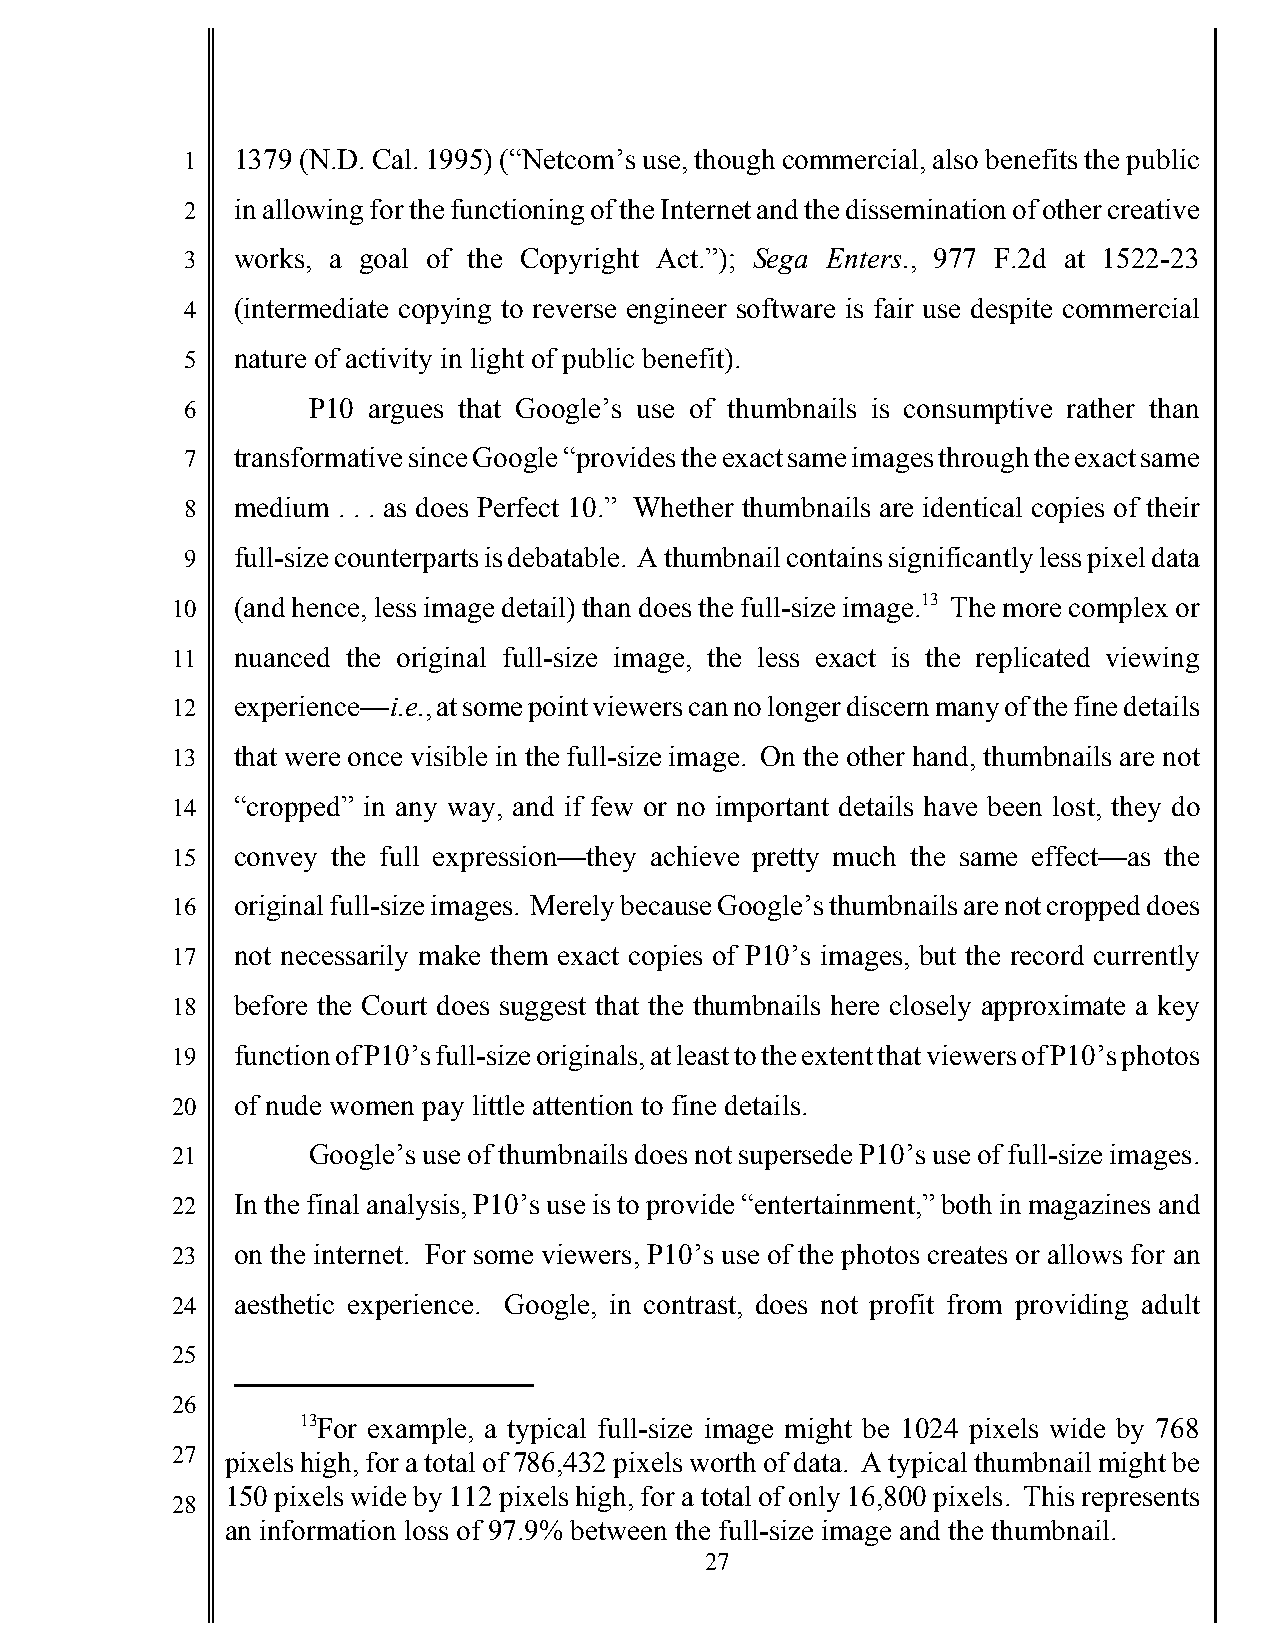
1   1379 (N.D. Cal. 1995) (“Netcom’s use, though commercial, also benefits the public
 2   in allowing for the functioning of the Internet and the dissemination of other creative
 3   works, a goal of the Copyright Act.”); Sega Enters., 977 F.2d at 1522-23
 4   (intermediate copying to reverse engineer software is fair use despite commercial
 5   nature of activity in light of public benefit).
 6       P10 argues that Google’s use of thumbnails is consumptive rather than
 7   transformative since Google “provides the exact same images through the exact same
 8   medium . . . as does Perfect 10.” Whether thumbnails are identical copies of their
 9   full-size counterparts is debatable. A thumbnail contains significantly less pixel data
 10   (and hence, less image detail) than does the full-size image.13 The more complex or
 11   nuanced the original full-size image, the less exact is the replicated viewing
 12   experience—i.e., at some point viewers can no longer discern many of the fine details
 13   that were once visible in the full-size image. On the other hand, thumbnails are not
 14   “cropped” in any way, and if few or no important details have been lost, they do
 15   convey the full expression—they achieve pretty much the same effect—as the
 16   original full-size images. Merely because Google’s thumbnails are not cropped does
 17   not necessarily make them exact copies of P10’s images, but the record currently
 18   before the Court does suggest that the thumbnails here closely approximate a key
 19   function of P10’s full-size originals, at least to the extent that viewers of P10’s photos
 20   of nude women pay little attention to fine details.
 21       Google’s use of thumbnails does not supersede P10’s use of full-size images.
 22   In the final analysis, P10’s use is to provide “entertainment,” both in magazines and
 23   on the internet. For some viewers, P10’s use of the photos creates or allows for an
 24   aesthetic experience. Google, in contrast, does not profit from providing adult
 25
 26
 13For example, a typical full-size image might be 1024 pixels wide by 768
 27  pixels high, for a total of 786,432 pixels worth of data. A typical thumbnail might be
 150 pixels wide by 112 pixels high, for a total of only 16,800 pixels. This represents
 28
 an information loss of 97.9% between the full-size image and the thumbnail.
 27